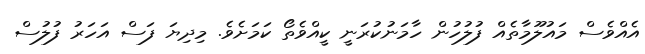
އެއްވެސް މައުލޫމާތެއް ފުލުހުން ހާމަނުކުރަނީ ކީއްވެތޯ ކަމަށެވެ. މިދިޔަ ފަސް އަހަރު ފުލުސް